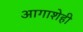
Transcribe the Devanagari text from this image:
आगाशेही